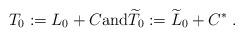
LaTeX: \begin{align*}T_0:=L_0+C \hbox{and} \widetilde{T}_0:=\widetilde{L}_0+C^* \;.\end{align*}